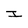
Character: I